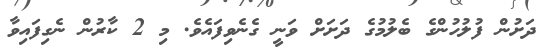
ދަށުން ފުލުހުންގެ ބެލުމުގެ ދަށަށް ވަނީ ގެނެވިފައެވެ. މި 2 ކާރުން ނެގިފައިވާ